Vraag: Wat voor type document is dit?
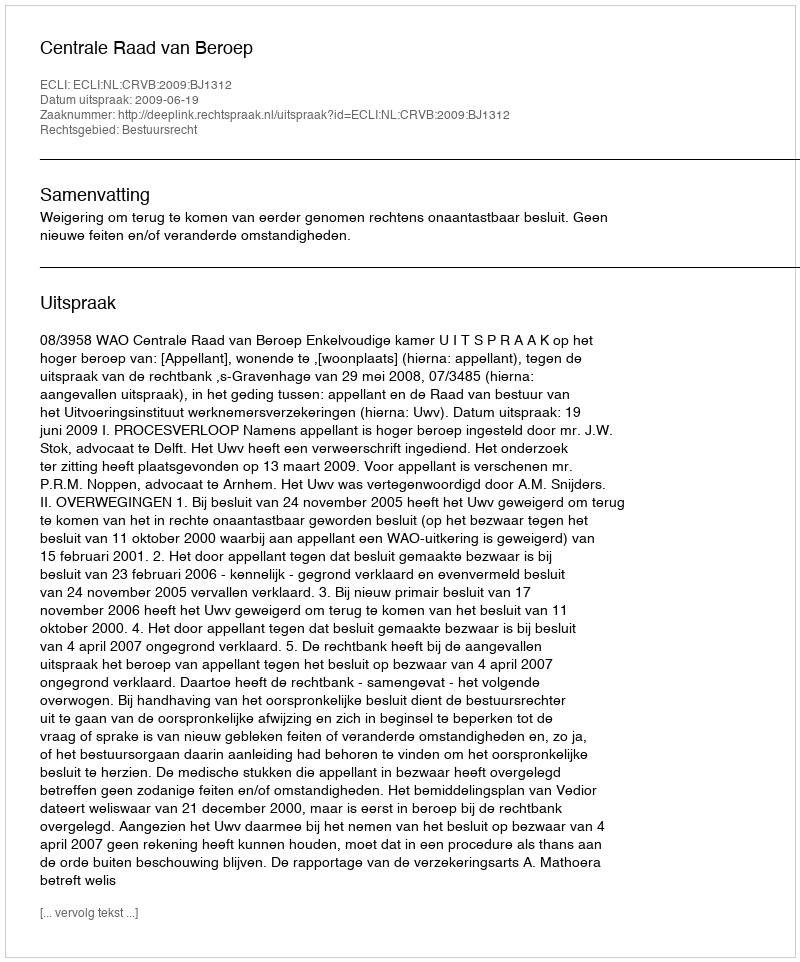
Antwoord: Uitspraak